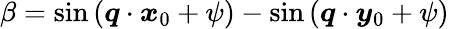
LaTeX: \beta=\sin{(\boldsymbol{q}\cdot\boldsymbol{x}_{0}+\psi)}-\sin{(\boldsymbol{q}\cdot\boldsymbol{y}_{0}+\psi)}